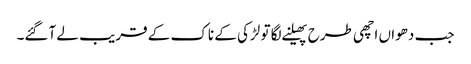
جب دھواں اچھی طرح پھیلنے لگا تو لڑکی کے ناک کے قریب لے آگئے۔